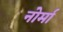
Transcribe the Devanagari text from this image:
नोर्मा